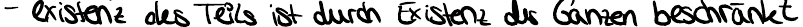
- existenz des Teils ist durch Existenz des Ganzen beschränkt